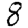
Digit: 8